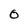
Character: O